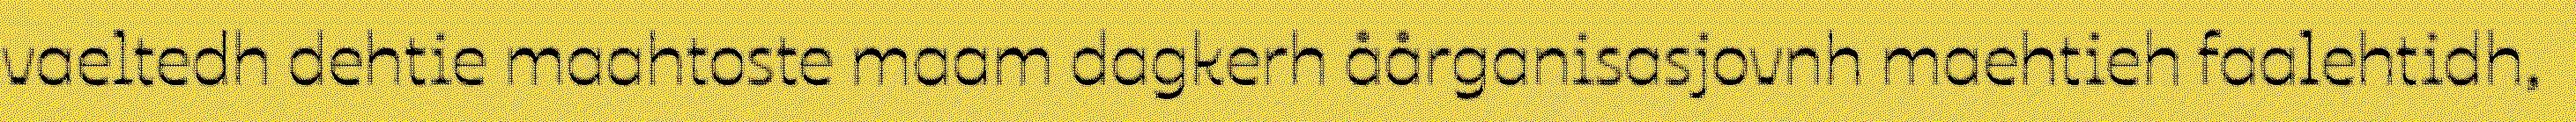
vaeltedh dehtie maahtoste maam dagkerh åårganisasjovnh maehtieh faalehtidh,